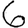
Digit: 6